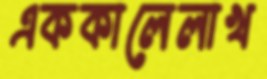
এককালেলাখ